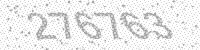
Solution: 276763